Vital statistics of India. Vol. V, Reports of 1876 on armies & jails and on epidemic cholera
Year: 1876
Disease focus: Cholera
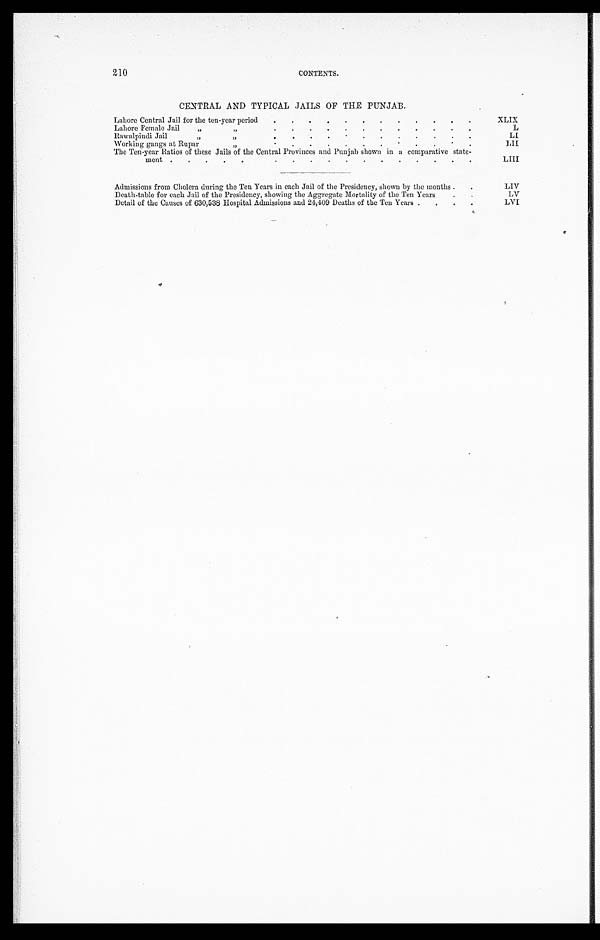
210
CONTENTS.
CENTRAL AND TYPICAL JAILS OF THE PUNJAB.
Lahore Central Jail for the ten-year period
. . . . . . . .
.
. . .. .. .. . . .
X L I X
Lahore Female Jail ''
''
. . . . . . . . . . . .
L
Rawalpindi Jail '' '' . . . . . . . . . . . .
LI
Working gangs at Rupar
'' ''
. . . . . . . . . . . .
LII
The Ten-year Ratios of these Jails of the Central Provinces and Punjab shown in a comparative state-
ment. . . . . . . . . . . . . . . . . .
LIII
Admissions from Cholera during the Ten Years in each Jail of the Presidency, shown by the months . . .
LIV
Death-table for each Jail of the Presidency, showing the Aggregate Mortality of the Ten Years
.
.
LV
Detail of the Causes of 630,538 Hospital Admissions and 24,409 Deaths of the Ten Years . . . . .
LVI